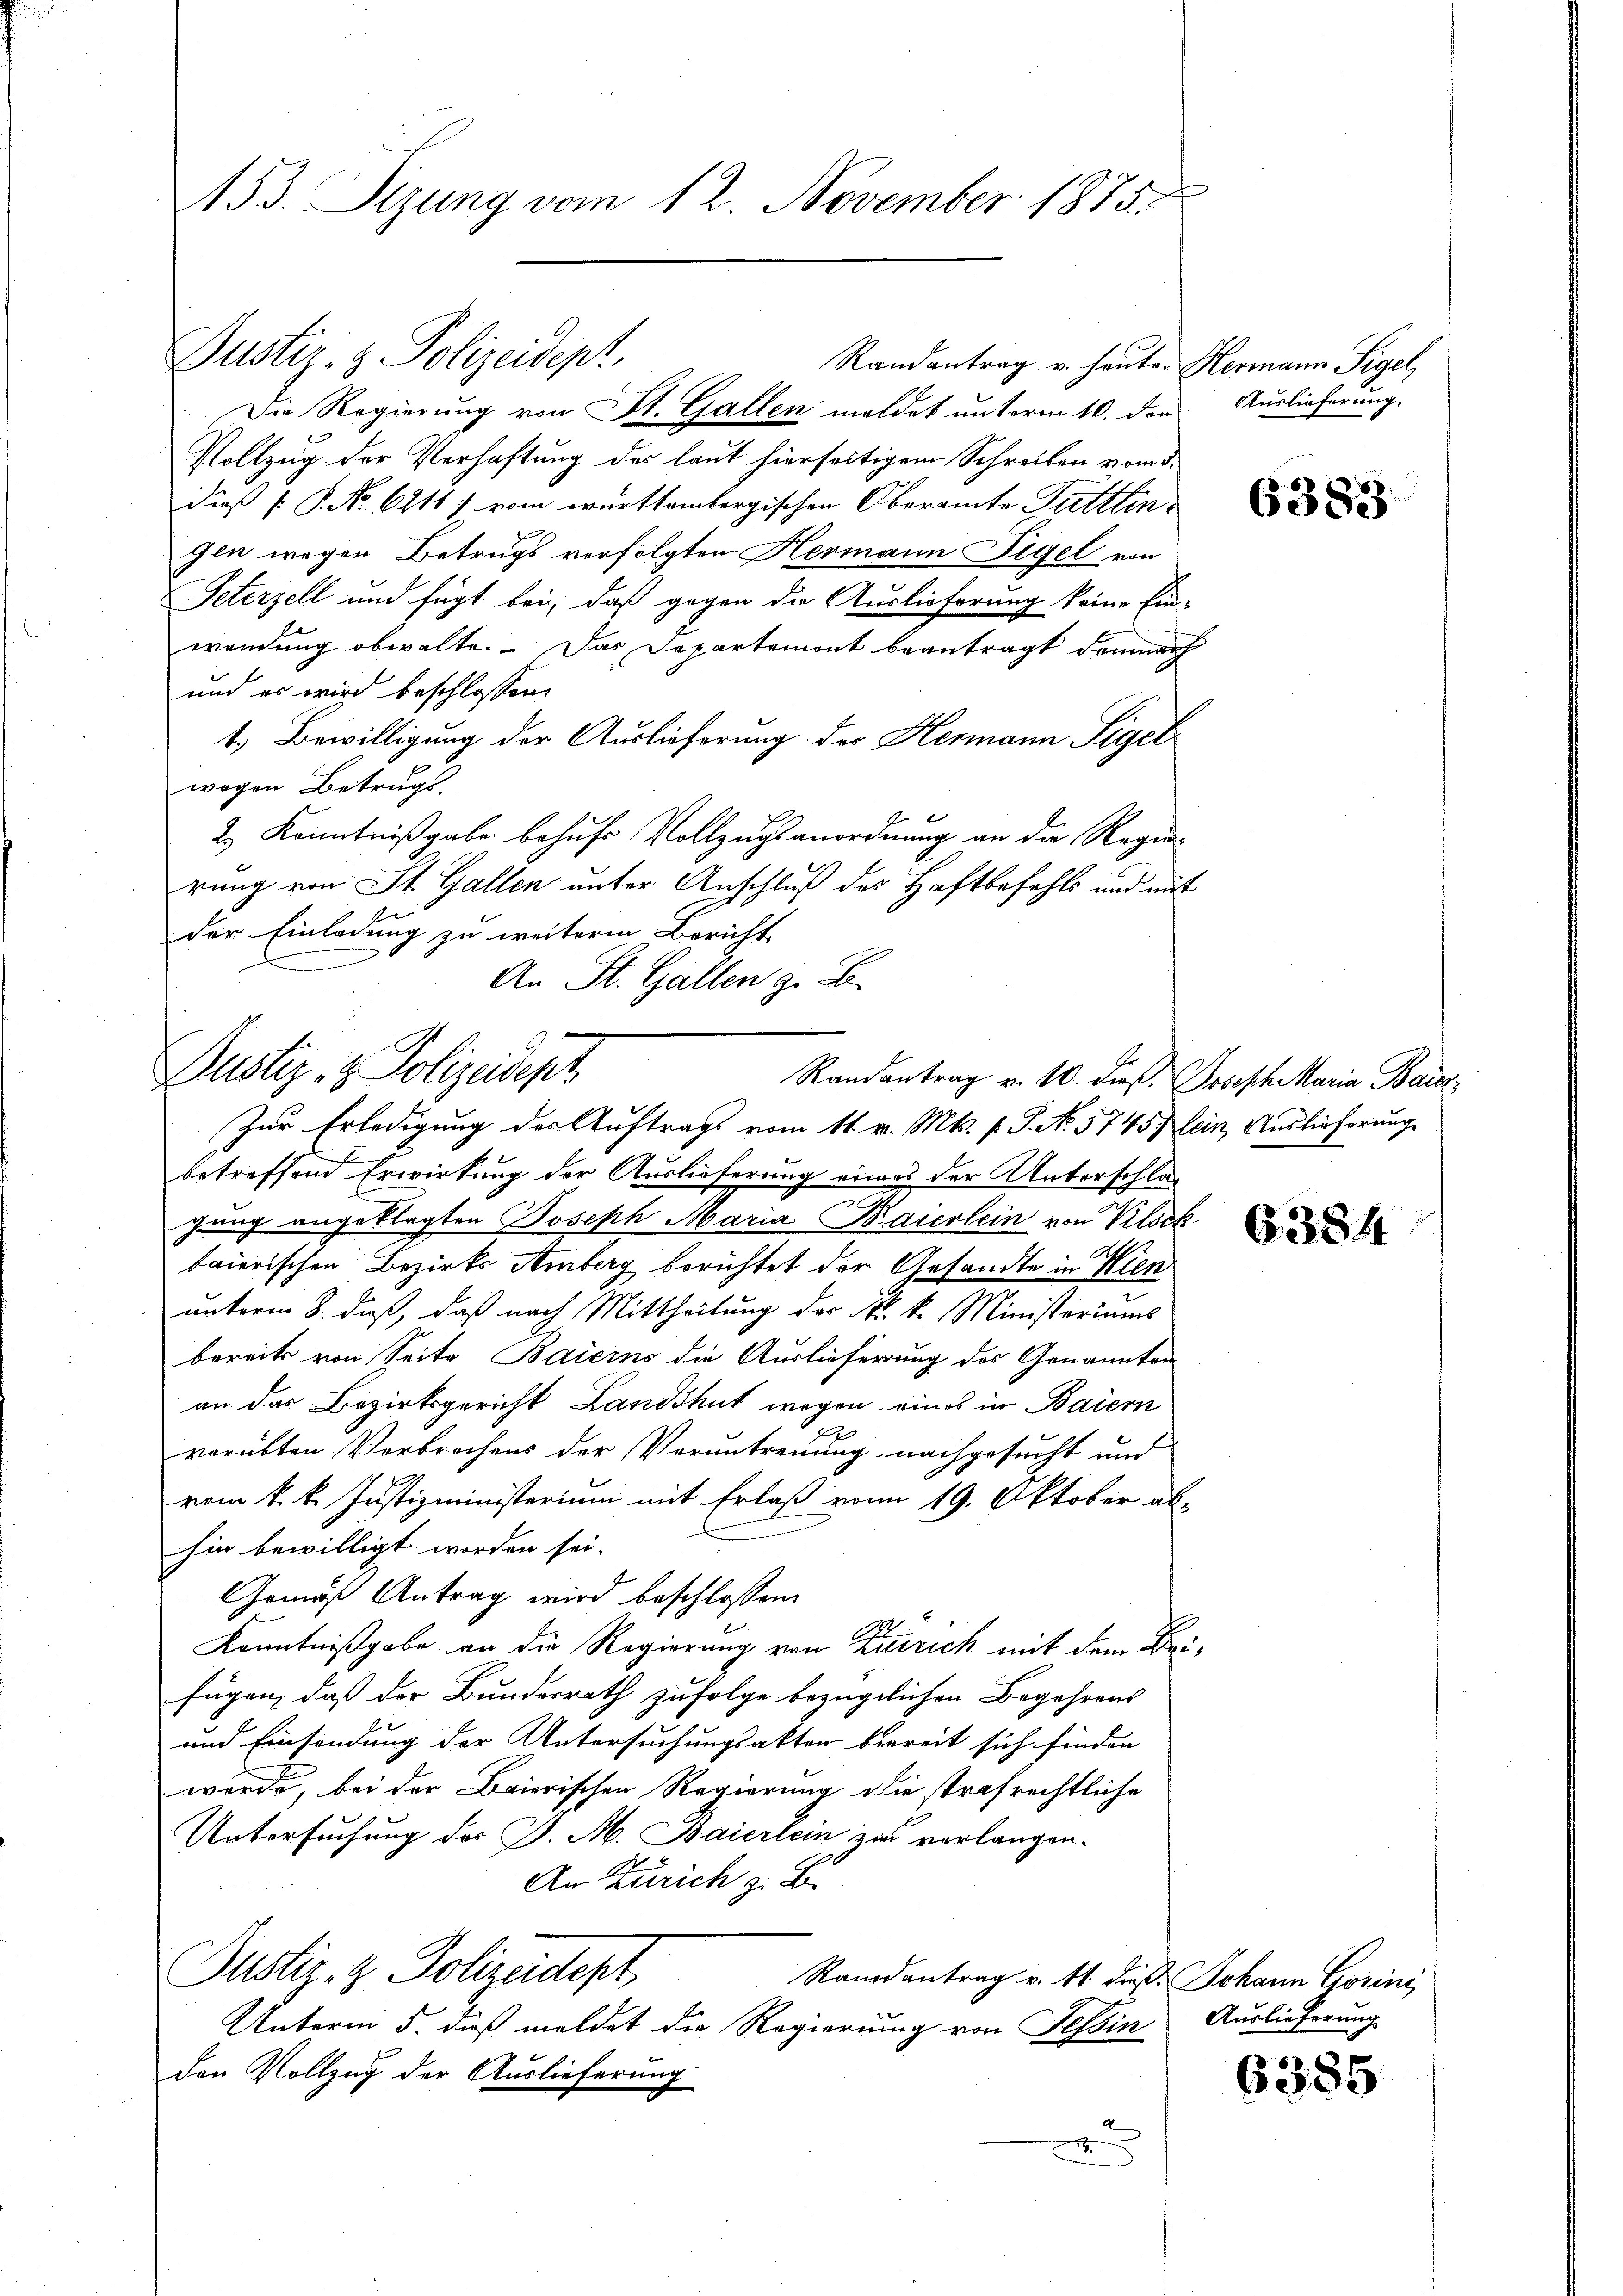
f
153. Sizung vom 12. November 1875.

Justiz- & Polizeidept.
Randantrag u. heute. Hermann Sigel,
Die Regierung von St. Gallen meldet unterm 10. den Auslieferung.

Vollzug der Verhaftung des laut hierseitigem Schreiben vom 3.
dieß P.P. Nr. 6211. vom württembergischen Oberamte Tuttlingen wegen Betrugs verfolgten Hermann Sigel von
Peterzell und fügt bei, daß gegen die Auslieferung keine Ein-
wendung obwalte. Das Departemont beantragt demnach
und es wird beschlossen:
t.) Bewilligung der Auslieferung der Hermann Sigel
wogen Betrugs.
e
2.) Kenntnißgabe behufs Vollzugsanordnung an die Regie-
rung von St. Gallen unter Anschluß des Haftbefehls und mit
der Einladung zu weiterm Bericht
An St. Gallen z. B.

Justiz- & Polizeisept
Randantrag v. 10. dieß. Joseph Maria Baier,

Zur Erledigung der Auftrags vom 11. v. Mts. f. P. No. 5745, lein, Auslieferung
f
betreffend Erwirkung der Auslieferung eines der Unterschlägung angeklagten Joseph Maria Baierlein von Vilock
baierischen Bezirks Amberg berichtet der Gesandte in Wien
.
unterm 8. daß, daß nach Mittheilung der k. k. Ministeriums
bereits von Seite Baierns die Auslieferung des Genannten
an das Bezirksgericht Landshut wegen eines in Baiern
.
verübten Verbrechens der Verantreuung nachgesucht und
vom k. k. Justizministerium mit Erlaß vom 19. Oktober ab-
hin bewilligt worden sei.
Gemäß Antrag wird beschlossen:
Kenntnißgabe an die Regierung von Zürich mit dem Beifügen, daß der Bundesrath zufolge bezüglichen Begehrens
und Einsendung der Untersuchungsaktor bereit sich finden
wurde, bei der Baierischen Regierung die strafrechtliche
Untersuchung des P. M. Baierlein zur verlangen.
An Zürich z. B.
Justiz- & Polizeidept
Randantrag v. 11. dieß Johann Gorini,
Unterm 5. dieß meldet die Regierung von Tessin
den Vollzug der Auslieferung
d
.
e

6383

6354

Auslieferung

6355